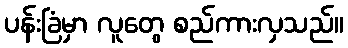
ပန်းခြံမှာ လူတွေ စည်ကားလှသည်။